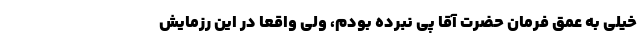
خیلی به عمق فرمان حضرت آقا پی نبرده بودم، ولی واقعاً در این رزمایش